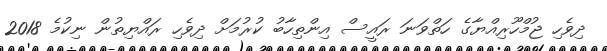
ދިވެހި ޖުމްހޫރިއްޔާގެ ހަތްވަނަ ރައީސް އިންތިހާބު ކުރުމަށް ދިވެހި ރައްޔިތުން ނިކުމެ 2018